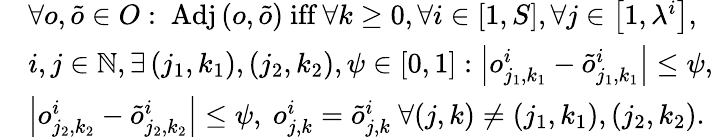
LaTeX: \begin{array}{rl}&{\forall o,\tilde{o}\in O:\ \mathrm{Adj}\left(o,\tilde{o}\right)\ \textrm{iff}\ \forall k\geq 0,\forall i\in\left[1,S\right],\forall j\in\left[1,\lambda^{i}\right],}\\ &{i,j\in\mathbb{N},\exists\left(j_{1},k_{1}\right),\left(j_{2},k_{2}\right),\psi\in\left[0,1\right]:\left|o_{j_{1},k_{1}}^{i}-\tilde{o}_{j_{1},k_{1}}^{i}\right|\leq\psi,}\\ &{\left|o_{j_{2},k_{2}}^{i}-\tilde{o}_{j_{2},k_{2}}^{i}\right|\leq\psi,\ o_{j,k}^{i}=\tilde{o}_{j,k}^{i}\ \forall(j,k)\neq\left(j_{1},k_{1}\right),\left(j_{2},k_{2}\right).}\end{array}